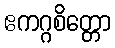
ဧကဂ္ဂစိတ္တော